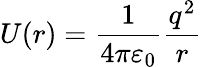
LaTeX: U(r)={\frac{1}{4\pi\varepsilon_{0}}}{\frac{q^{2}}{r}}